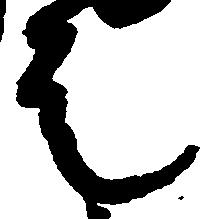
走